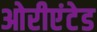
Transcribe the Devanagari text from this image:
ओरीएंटेड